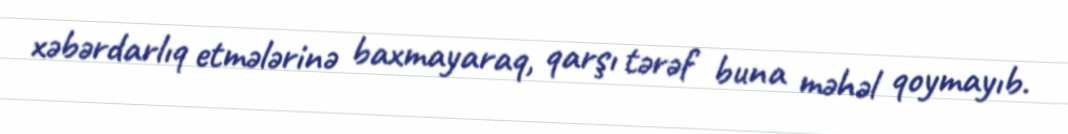
xəbərdarlıq etmələrinə baxmayaraq, qarşı tərəf buna məhəl qoymayıb.